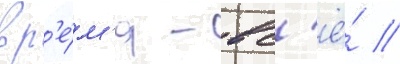
вр'е́м'я - вс'ё́ /